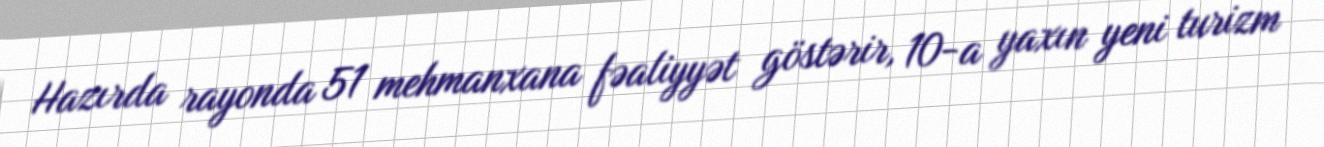
Hazırda rayonda 51 mehmanxana fəaliyyət göstərir, 10-a yaxın yeni turizm